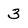
Character: 3